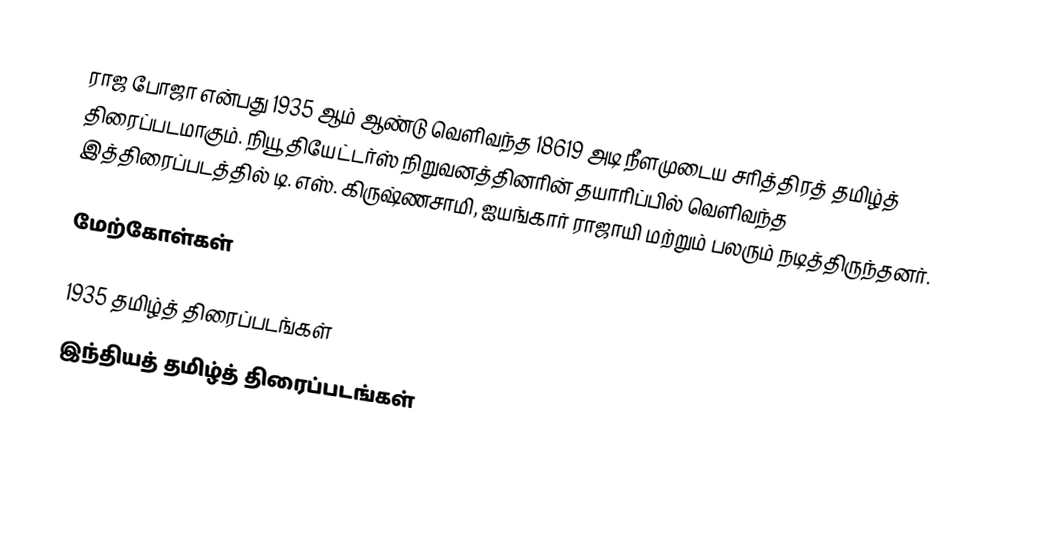
ராஜ போஜா என்பது 1935 ஆம் ஆண்டு வெளிவந்த 18619 அடி நீளமுடைய சரித்திரத் தமிழ்த் திரைப்படமாகும். நியூ தியேட்டர்ஸ் நிறுவனத்தினரின் தயாரிப்பில் வெளிவந்த இத்திரைப்படத்தில் டி. எஸ். கிருஷ்ணசாமி, ஐயங்கார் ராஜாயி மற்றும் பலரும் நடித்திருந்தனர்.

மேற்கோள்கள்

1935 தமிழ்த் திரைப்படங்கள்
இந்தியத் தமிழ்த் திரைப்படங்கள்